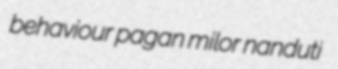
behaviour pagan milor nanduti